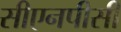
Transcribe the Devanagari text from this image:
सीएनपीसी